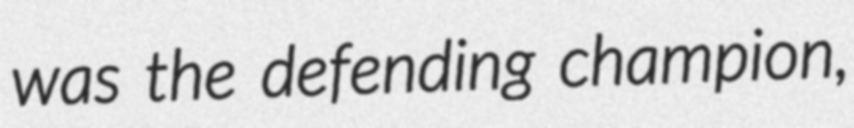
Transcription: was the defending champion,